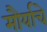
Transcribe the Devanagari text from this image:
मौर्याचे